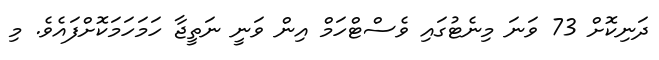
ދަނިކޮށް 73 ވަނަ މިނެޓުގައި ވެސްޓްހަމް އިން ވަނީ ނަތީޖާ ހަމަހަމަކޮށްފައެވެ. މި